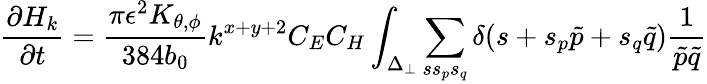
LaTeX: \frac{\partial H_{k}}{\partial t}=\frac{\pi\epsilon^{2}K_{\theta,\phi}}{384b_{0}}k^{x+y+2}C_{E}C_{H}\int_{\Delta_{\perp}}\sum_{ss_{p}s_{q}}\delta(s+s_{p}\tilde{p}+s_{q}\tilde{q})\frac{1}{\tilde{p}\tilde{q}}